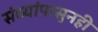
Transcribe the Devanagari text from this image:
संध्यांपासुनही